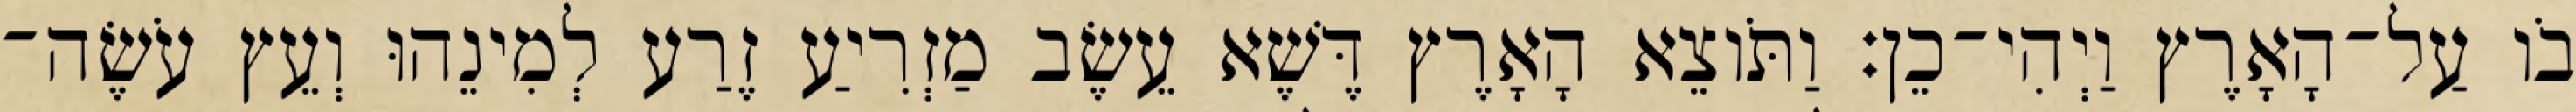
בֹו עַל־הָאָרֶץ וַיְהִי־כֵן׃ וַתֹּוצֵא הָאָרֶץ דֶּשֶׁא עֵשֶׂב מַזְרִיעַ זֶרַע לְמִינֵהוּ וְעֵץ עֹשֶׂה־